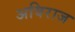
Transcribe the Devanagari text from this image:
अविराज